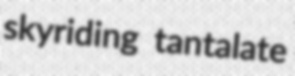
skyriding tantalate